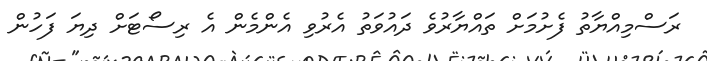
ރަސްމިއްޔާތު ފެށުމަށް ތައްޔާރުވެ ދައުވަތު އެރުވި އެންމެން އެ ރިސޯޓަށް ދިޔަ ފަހުން